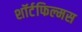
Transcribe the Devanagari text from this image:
शॉर्टफिल्मस